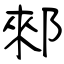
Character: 郲